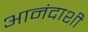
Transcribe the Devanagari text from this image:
आनंदाशी